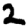
Digit: 2